Senior Leaving Certificate Examination (including Day School Certificate (Higher) General paper), 1947
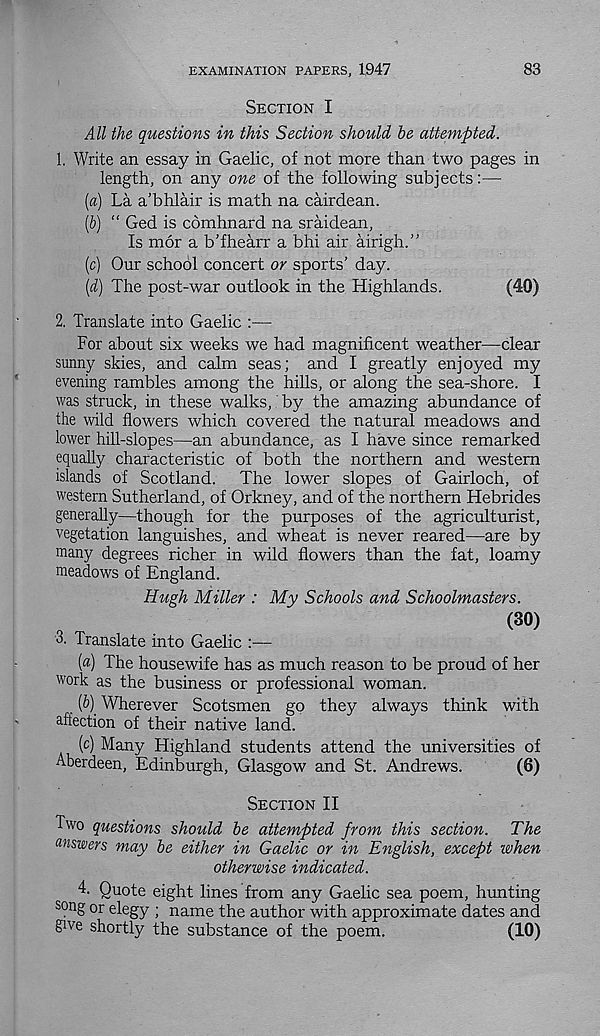
EXAMINATION PAPERS, 1947
83
Section I
All the questions in this Section should be attempted.
1. Write an essay in Gaelic, of not more than two pages in
length, on any one of the following subjects:—
[a) La a'bhlair is math na cairdean.
(5) “ Ged is comhnard na sraidean.
Is mor a b’fhearr a bhi air airigh.”
(c) Our school concert or sports’ day.
[d) The post-war outlook in the Highlands.
(40)
2. Translate into Gaelic :—
For about six weeks we had magnificent weather—clear
sunny skies, and calm seas; and I greatly enjoyed my
evening rambles among the hills, or along the sea-shore. I
was struck, in these walks, by the amazing abundance of
the wild flowers which covered the natural meadows and
lower hill-slopes—an abundance, as I have since remarked
equally characteristic of both the northern and western
islands of Scotland.
The lower slopes of Gairloch, of
western Sutherland, of Orkney, and of the northern Hebrides
generally—though for the purposes of the agriculturist,
vegetation languishes, and wheat is never reared—are by
many degrees richer in wild flowers than the fat, loamy
meadows of England.
Hugh Miller : My Schools and Schoolmasters.
(3°)
3. Translate into Gaelic :—
(«) The housewife has as much reason to be proud of her
work as the business or professional woman.
(5) Wherever Scotsmen go they always think with
affection of their native land.
(c) Many Highland students attend the universities of
Aberdeen, Edinburgh, Glasgow and St. Andrews.
(6)
Section II
Two questions should be attempted from this section. The
answers may be either in Gaelic or in English, except when
otherwise indicated.
T Quote eight lines from any Gaelic sea poem, hunting
song or elegy ; name the author with approximate dates and
T ve shortly the substance of the poem.
(10)